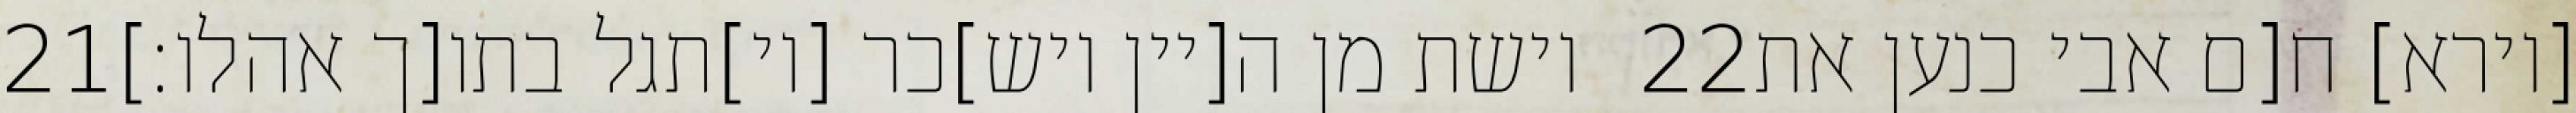
‎21‏ וישת מן ה[יין ויש]כר [וי]תגל בתו[ך אהלו׃] ‎22‏ [וירא] ח[ם אבי כנען את